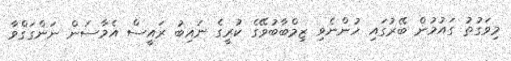
މިވަގުތު ގައުމުން ބޭރުގައި ހުންނެވި ޒިމްބާބުވޭގެ ކުރީގެ ނައިބު ރައީސް އެމާސަން ނަންގަގްވާ